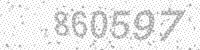
Solution: 860597